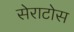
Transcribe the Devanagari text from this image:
सेराटोस